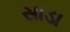
સાડા